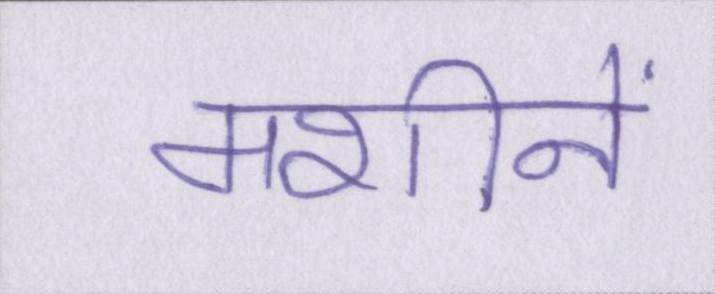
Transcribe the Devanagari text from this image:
मशीनें